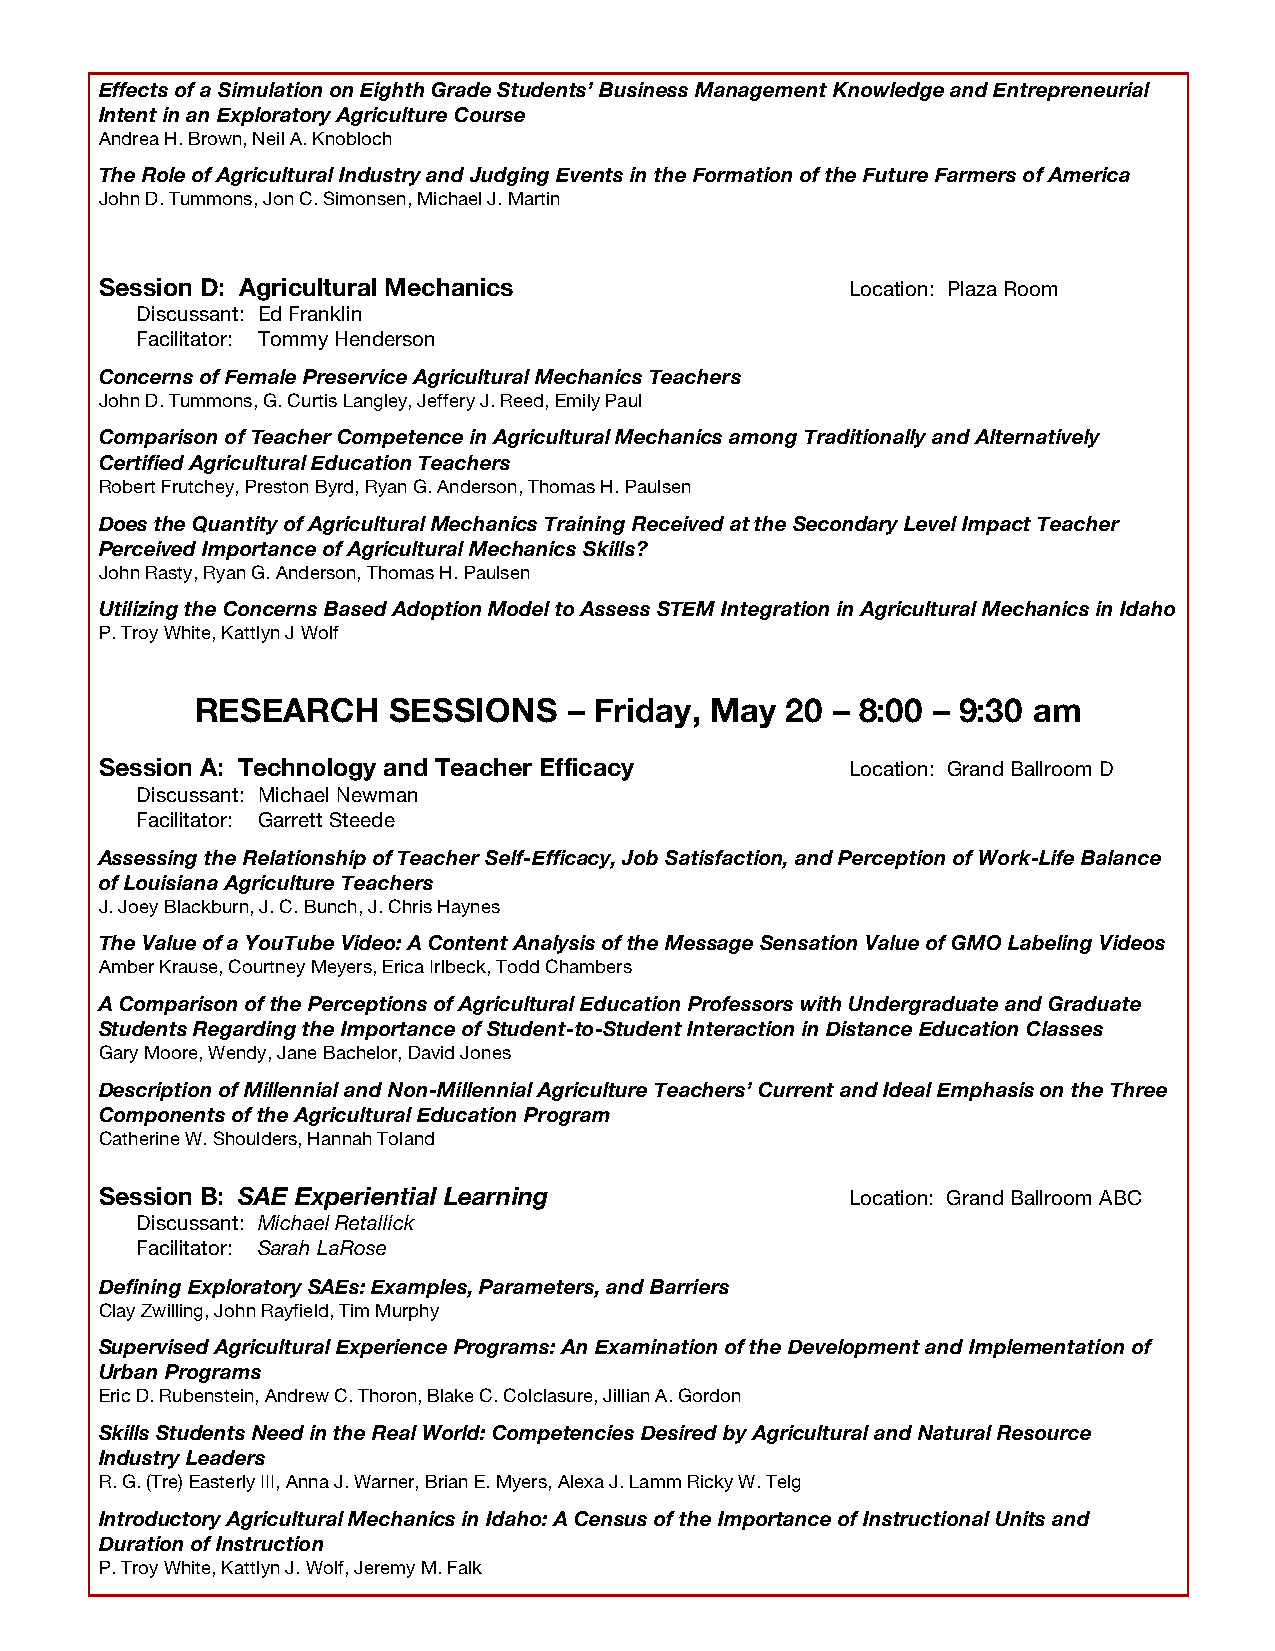
Effects of a Simulation on Eighth Grade Students’ Business Management Knowledge and Entrepreneurial
 Intent in an Exploratory Agriculture Course
 Andrea H. Brown, Neil A. Knobloch
 The Role of Agricultural Industry and Judging Events in the Formation of the Future Farmers of America
 John D. Tummons, Jon C. Simonsen, Michael J. Martin
 Session D: Agricultural Mechanics                Location: Plaza Room
 Discussant: Ed Franklin
 Facilitator: Tommy Henderson
 Concerns of Female Preservice Agricultural Mechanics Teachers
 John D. Tummons, G. Curtis Langley, Jeffery J. Reed, Emily Paul
 Comparison of Teacher Competence in Agricultural Mechanics among Traditionally and Alternatively
 Certified Agricultural Education Teachers
 Robert Frutchey, Preston Byrd, Ryan G. Anderson, Thomas H. Paulsen
 Does the Quantity of Agricultural Mechanics Training Received at the Secondary Level Impact Teacher
 Perceived Importance of Agricultural Mechanics Skills?
 John Rasty, Ryan G. Anderson, Thomas H. Paulsen
 Utilizing the Concerns Based Adoption Model to Assess STEM Integration in Agricultural Mechanics in Idaho
 P. Troy White, Kattlyn J Wolf
 RESEARCH     SESSIONS    – Friday, May 20 – 8:00 – 9:30 am
 Session A: Technology and Teacher Efficacy       Location: Grand Ballroom D
 Discussant: Michael Newman
 Facilitator: Garrett Steede
 Assessing the Relationship of Teacher Self-Efficacy, Job Satisfaction, and Perception of Work-Life Balance
 of Louisiana Agriculture Teachers
 J. Joey Blackburn, J. C. Bunch, J. Chris Haynes
 The Value of a YouTube Video: A Content Analysis of the Message Sensation Value of GMO Labeling Videos
 Amber Krause, Courtney Meyers, Erica Irlbeck, Todd Chambers
 A Comparison of the Perceptions of Agricultural Education Professors with Undergraduate and Graduate
 Students Regarding the Importance of Student-to-Student Interaction in Distance Education Classes
 Gary Moore, Wendy, Jane Bachelor, David Jones
 Description of Millennial and Non-Millennial Agriculture Teachers’ Current and Ideal Emphasis on the Three
 Components of the Agricultural Education Program
 Catherine W. Shoulders, Hannah Toland
 Session B: SAE Experiential Learning             Location: Grand Ballroom ABC
 Discussant: Michael Retallick
 Facilitator: Sarah LaRose
 Defining Exploratory SAEs: Examples, Parameters, and Barriers
 Clay Zwilling, John Rayfield, Tim Murphy
 Supervised Agricultural Experience Programs: An Examination of the Development and Implementation of
 Urban Programs
 Eric D. Rubenstein, Andrew C. Thoron, Blake C. Colclasure, Jillian A. Gordon
 Skills Students Need in the Real World: Competencies Desired by Agricultural and Natural Resource
 Industry Leaders
 R. G. (Tre) Easterly III, Anna J. Warner, Brian E. Myers, Alexa J. Lamm Ricky W. Telg
 Introductory Agricultural Mechanics in Idaho: A Census of the Importance of Instructional Units and
 Duration of Instruction
 P. Troy White, Kattlyn J. Wolf, Jeremy M. Falk